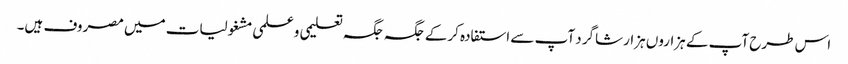
اس طرح آپ کے ہزاروں ہزار شاگرد آپ سے استفادہ کرکے جگہ جگہ تعلیمی وعلمی مشغولیات میں مصروف ہیں۔